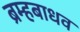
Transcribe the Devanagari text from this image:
ब्रम्हबाधव